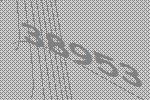
38953